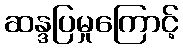
ဆန္ဒပြမှုကြောင့်